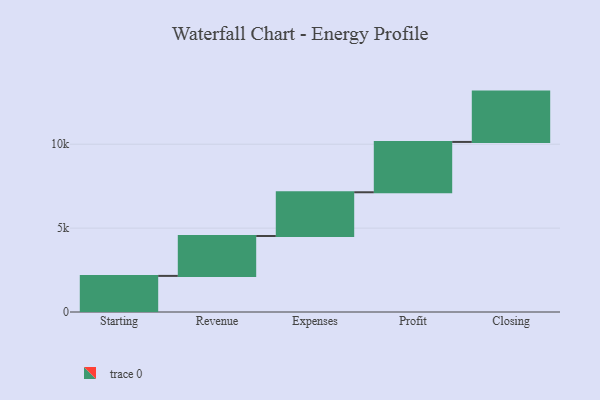
{"axis": {"x": "Step", "y": "Value"}, "legend": [""], "data": [{"x": "Starting", "y": 2152.0, "type": ""}, {"x": "Revenue", "y": 2377.0, "type": ""}, {"x": "Expenses", "y": 2608.0, "type": ""}, {"x": "Profit", "y": 3000, "type": ""}, {"x": "Closing", "y": 3000, "type": ""}]}